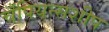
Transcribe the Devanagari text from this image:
चँपियन्सशीप